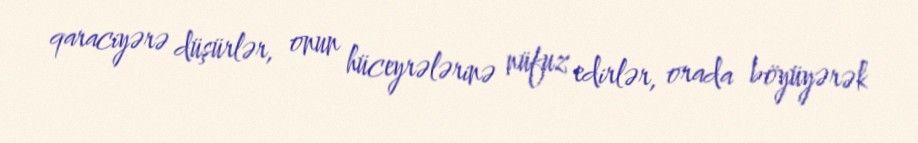
qaraciyərə düşürlər, onun hüceyrələrinə nüfuz edirlər, orada böyüyərək